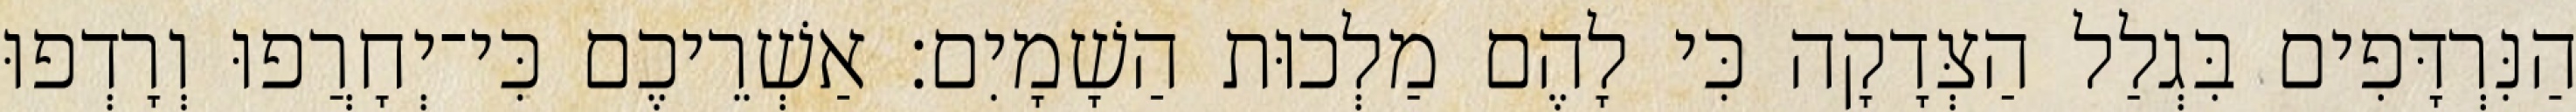
הַנִּרְדָּפִים בִּגְלַל הַצְּדָקָה כִּי לָהֶם מַלְכוּת הַשָׁמָיִם׃ אַשְׁרֵיכֶם כִּי־יְחָרֲפוּ וְרָדְפוּ